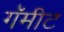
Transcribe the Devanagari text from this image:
गॅमीट